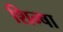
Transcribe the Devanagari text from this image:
शिन्षा